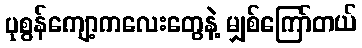
ပုစွန်ကျော့ကလေးတွေနဲ့ မျှစ်ကြော်တယ်